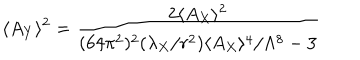
\langle A _ { Y } \rangle ^ { 2 } = { \frac { 2 \langle A _ { X } \rangle ^ { 2 } } { ( 6 4 \pi ^ { 2 } ) ^ { 2 } ( \lambda _ { X } / r ^ { 2 } ) \langle A _ { X } \rangle ^ { 4 } / \Lambda ^ { 8 } - 3 } }